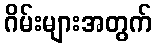
ဂိမ်းများအတွက်